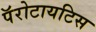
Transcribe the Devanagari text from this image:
पॅरोटायटिस